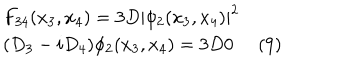
LaTeX: \begin{array} { l r } { { F _ { 3 4 } ( x _ { 3 } , x _ { 4 } ) = 3 D | \phi _ { 2 } ( x _ { 3 } , x _ { 4 } ) | ^ { 2 } } } & { { } } \\ { { ( D _ { 3 } - i D _ { 4 } ) \phi _ { 2 } ( x _ { 3 } , x _ { 4 } ) = 3 D 0 } } & { { \hspace { 6 . 4 c m } ( 9 ) } } \\ \end{array}